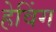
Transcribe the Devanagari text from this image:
हेविंग